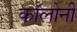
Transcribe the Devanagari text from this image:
काॅलोनी